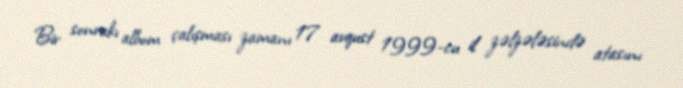
Bir sonrakı albom çalışması zamanı 17 avqust 1999-cu il zəlzələsində atasını